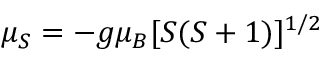
\mu _ { S } = - g \mu _ { B } [ S ( S + 1 ) ] ^ { 1 / 2 }